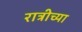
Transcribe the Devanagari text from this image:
रात्रीच्या